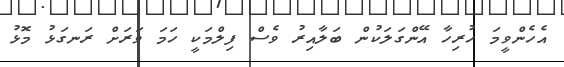
އެހެންވީމަ ހުރިހާ އޭންގަލަކުން ބަލާއިރު ވެސް ފިލްމަކީ ހަމަ ވަރަށް ރަނގަޅު މޮޅު